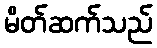
မိတ်ဆက်သည်